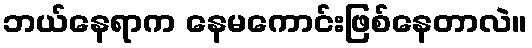
ဘယ်နေရာက နေမကောင်းဖြစ်နေတာလဲ။